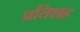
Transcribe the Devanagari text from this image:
प्रतिशह